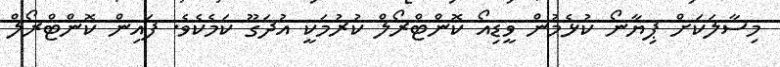
މިސާލަކަށް ޕިޔާނޯ ކުޅެމުން ވީޑިއޯ ކޮންޓްރޯލް ކުރުމަކީ އުދަގޫ ކަމެކެވެ. ފައިން ކޮންޓްރޯލް